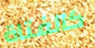
كالفتاة